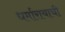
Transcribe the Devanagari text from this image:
धर्मारायाची